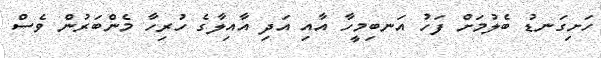
ހަށިގަނޑު ބެލުމަށް ފަހު އަނބިމީހާ އާއި އަދި އާއިލާގެ ހުރިހާ މެންބަރުން ވެސް